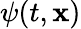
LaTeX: \psi(t,\mathbf{x})